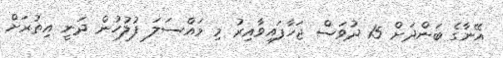
އޭނާގެ ބަންދަށް 15 ދުވަސް ޖަހާފައިވާއިރު މި މައްސަލަ ފުލުހުން ދަނީ އިތުރަށް